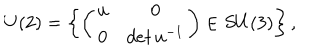
U ( 2 ) = \left\{ \left( \begin{array} { c c } { { u } } & { { 0 } } \\ { { 0 } } & { { { d e t \, u ^ { - { 1 } } } } } \\ \end{array} \right) \in S U ( 3 ) \right\} ,